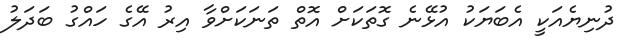
ދުނިޔެއަކީ އެބަޔަކު އުޅޭނެ ގޮތަކަށް އޮތް ތަނަކަށްވާ އިރު އޭގެ ހައްގު ބަދަލު